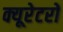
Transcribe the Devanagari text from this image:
क्यूरेटरों